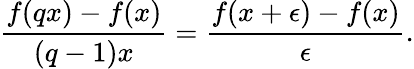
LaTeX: {\frac{f(qx)-f(x)}{(q-1)x}}={\frac{f(x+\epsilon)-f(x)}{\epsilon}}.